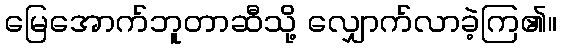
မြေအောက်ဘူတာဆီသို့ လျှောက်လာခဲ့ကြ၏။